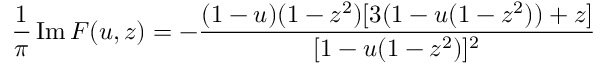
\frac { 1 } { \pi } \, \mathrm { I m } \, F ( u , z ) = - \frac { ( 1 - u ) ( 1 - z ^ { 2 } ) [ 3 ( 1 - u ( 1 - z ^ { 2 } ) ) + z ] } { [ 1 - u ( 1 - z ^ { 2 } ) ] ^ { 2 } }